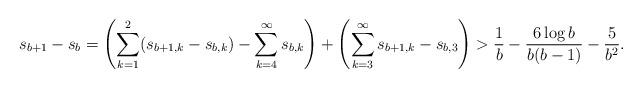
LaTeX: \begin{align*}s_{b+1} - s_b = \left(\sum_{k=1}^2 (s_{b+1,k} - s_{b,k}) - \sum_{k=4}^\infty s_{b,k}\right) + \left(\sum_{k=3}^{\infty} s_{b+1,k} - s_{b,3}\right) > \frac{1}{b} - \frac{6\log b}{b(b-1)} - \frac{5}{b^2}.\end{align*}